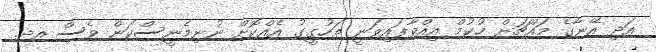
އަދި އޭނާގެ މައްޗަށް ހުކުމް އިއްވާފައިވަނީ ތަހުގީގު އެއްކޮށް ނުނިމެނީސްކަން ވެސް އދ.